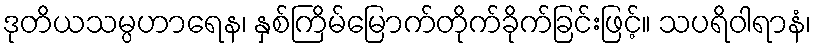
ဒုတိယသမ္ပဟာရေန၊ နှစ်ကြိမ်မြောက်တိုက်ခိုက်ခြင်းဖြင့်။ သပရိဝါရာနံ၊